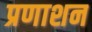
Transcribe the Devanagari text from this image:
प्रणाशन